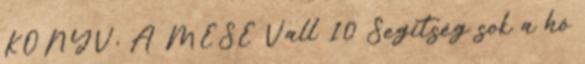
KÖNYV, A MESE Vall 10 Segítség sok a hó